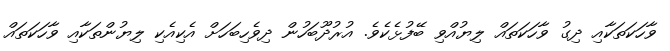
ވާހަކަތަކާއި ދިގު ވާހަކަތައް ލިޔުއްވި ބޭފުޅެކެވެ. އުރުދޫބަހުން ދިވެހިބަހަށް އެކިއެކި ލިޔުންތަކާއި ވާހަކަތައް